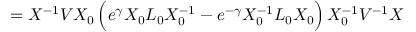
= X ^ { - 1 } V X _ { 0 } \, \Big ( e ^ { \gamma } X _ { 0 } L _ { 0 } X _ { 0 } ^ { - 1 } - e ^ { - \gamma } X _ { 0 } ^ { - 1 } L _ { 0 } X _ { 0 } \Big ) \, X _ { 0 } ^ { - 1 } V ^ { - 1 } X